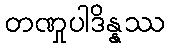
တဏှုပါဒိန္နဿ